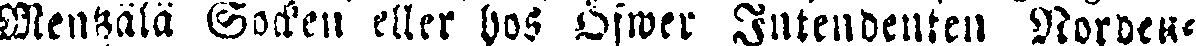
Mentzälä Socken eller hos Öfwer Intendenten Norden-